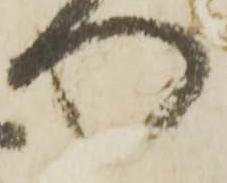
門